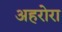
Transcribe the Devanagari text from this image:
अहरोरा